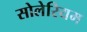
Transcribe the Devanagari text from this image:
सोलेरियम